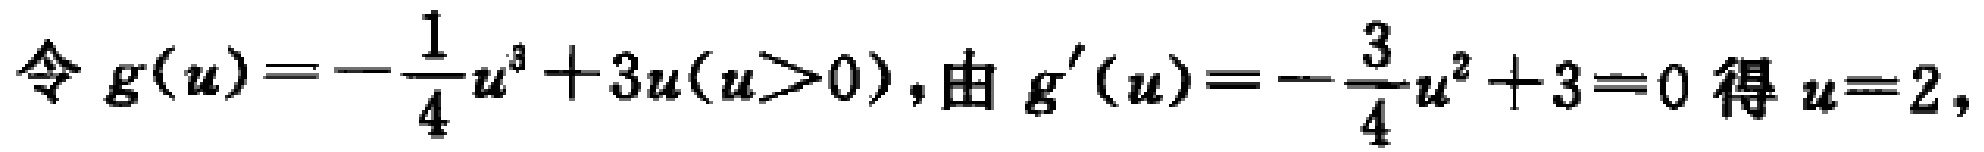
令 \(g(u)=-\frac{1}{4}u^{3}+3u(u > 0)\)，由 \(g^{\prime}(u)=-\frac{3}{4}u^{2}+3 = 0\) 得 \(u = 2\)，